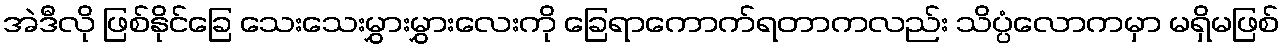
အဲဒီလို ဖြစ်နိုင်ခြေ သေးသေးမွှားမွှားလေးကို ခြေရာကောက်ရတာကလည်း သိပ္ပံလောကမှာ မရှိမဖြစ်